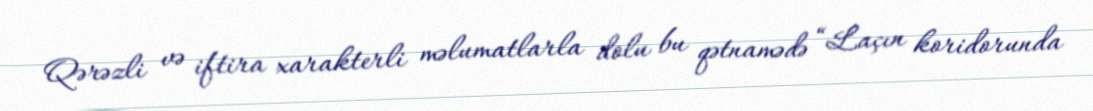
Qərəzli və iftira xarakterli məlumatlarla dolu bu qətnamədə “Laçın koridorunda